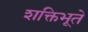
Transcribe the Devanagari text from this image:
शक्तिभूते